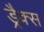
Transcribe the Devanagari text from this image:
ड्रैक्स